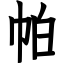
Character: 帕